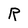
Character: R